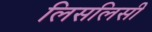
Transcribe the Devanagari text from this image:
लिसलिसी